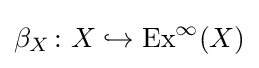
\beta _{X}\colon X\hookrightarrow \operatorname {Ex} ^{\infty }(X)